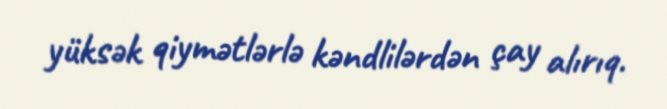
yüksək qiymətlərlə kəndlilərdən çay alırıq.